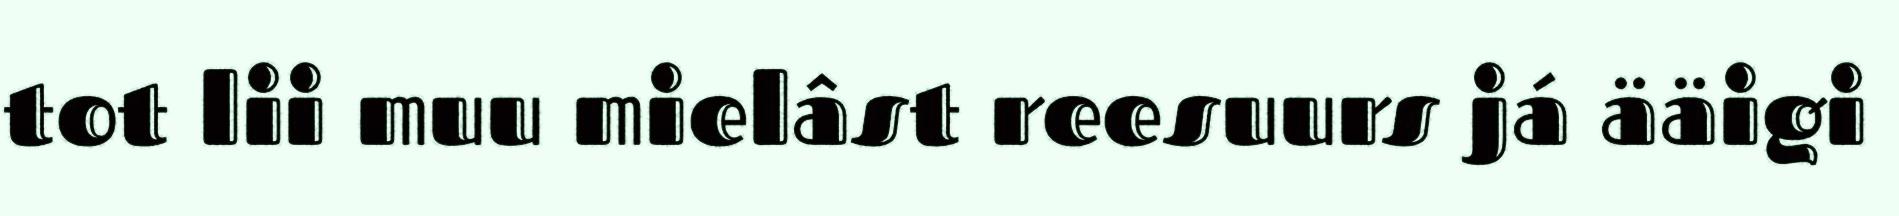
tot lii muu mielâst reesuurs já ääigi